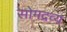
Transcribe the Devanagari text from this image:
सोमद्रव्य